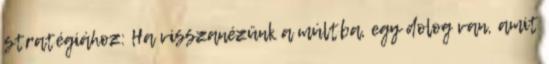
stratégiához: Ha visszanézünk a múltba, egy dolog van, amit